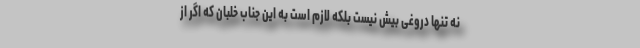
نه تنها دروغی بیش نیست بلکه لازم است به این جناب خلبان که اگر از